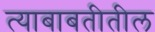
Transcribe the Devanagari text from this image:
त्‍याबाबतीतील